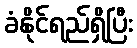
ခံနိုင်ရည်ရှိပြီး